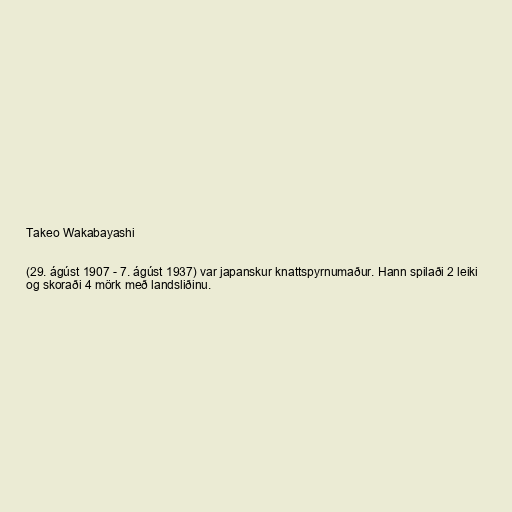
Takeo Wakabayashi

(29. ágúst 1907 - 7. ágúst 1937) var japanskur knattspyrnumaður. Hann spilaði 2 leiki
og skoraði 4 mörk með landsliðinu.